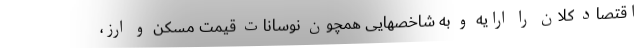
اقتصاد کلان را ارایه و به شاخصهایی همچون نوسانات قیمت مسکن و ارز،